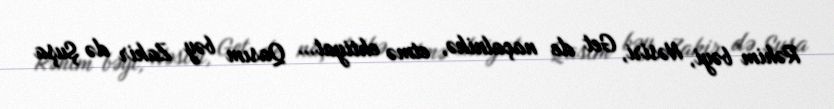
Rəhim bəyi, Nəsiri, Get de naçalnikə, etmə ehtiyat… Qasım bəy Zakir də Şuşa